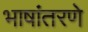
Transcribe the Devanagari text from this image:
भाषांतरणे